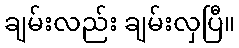
ချမ်းလည်း ချမ်းလှပြီ။